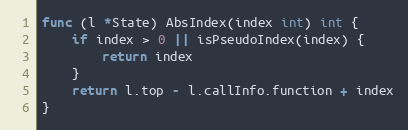
Language: Go
func (l *State) AbsIndex(index int) int {
	if index > 0 || isPseudoIndex(index) {
		return index
	}
	return l.top - l.callInfo.function + index
}